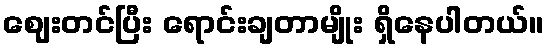
ဈေးတင်ပြီး ရောင်းချတာမျိုး ရှိနေပါတယ်။